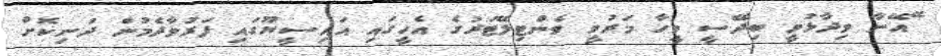
ޭއޭނާ ވިދާޅުވީ ބިދޭސީ މީހާ މަރުވީ ވެންޓިލޭޓަރުގެ އެހީގައި އައިސީޔޫގައި ފަރުވާދެމުން ދަނިކޮށް